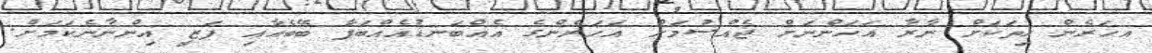
އހަރެން ހިތަކަށް ނާރާ އަހަންނަށް ޖެއްސުމަށް އަހަރެންގެ އެއްބަނޑުއެއްބަފާ ބޭބެއާއި ފަޒީ އިންނާނެކަމަށް.